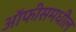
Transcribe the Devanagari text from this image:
ऑफीसमधील